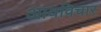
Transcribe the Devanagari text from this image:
आयविचार